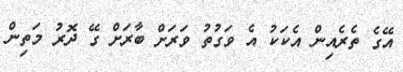
އޭގެ ތެރެއިން އެކަކު އެ ވަގުތު ވަރަށް ބާރަށް ގޭ ދޮރު މަތިން